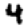
Digit: 4